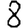
Digit: 8